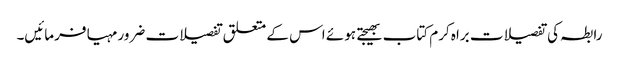
رابطہ کی تفصیلات براہ کرم کتاب بھیجتے ہوئے اس کے متعلق تفصیلات ضرور مہیا فرمائیں۔